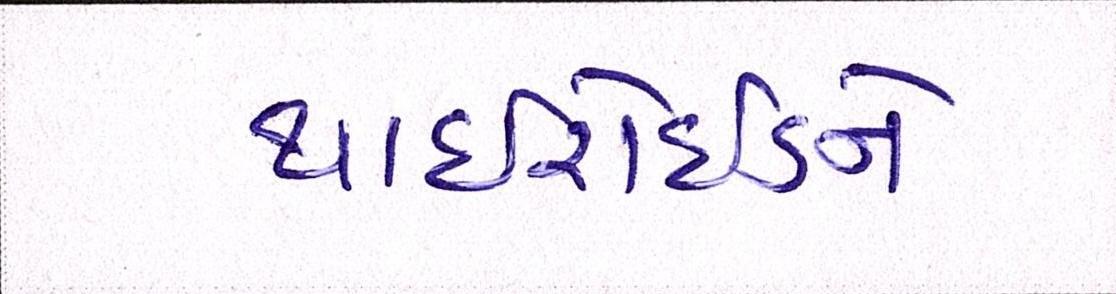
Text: થાઈરોઈડને